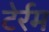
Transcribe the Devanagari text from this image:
टेर्रम